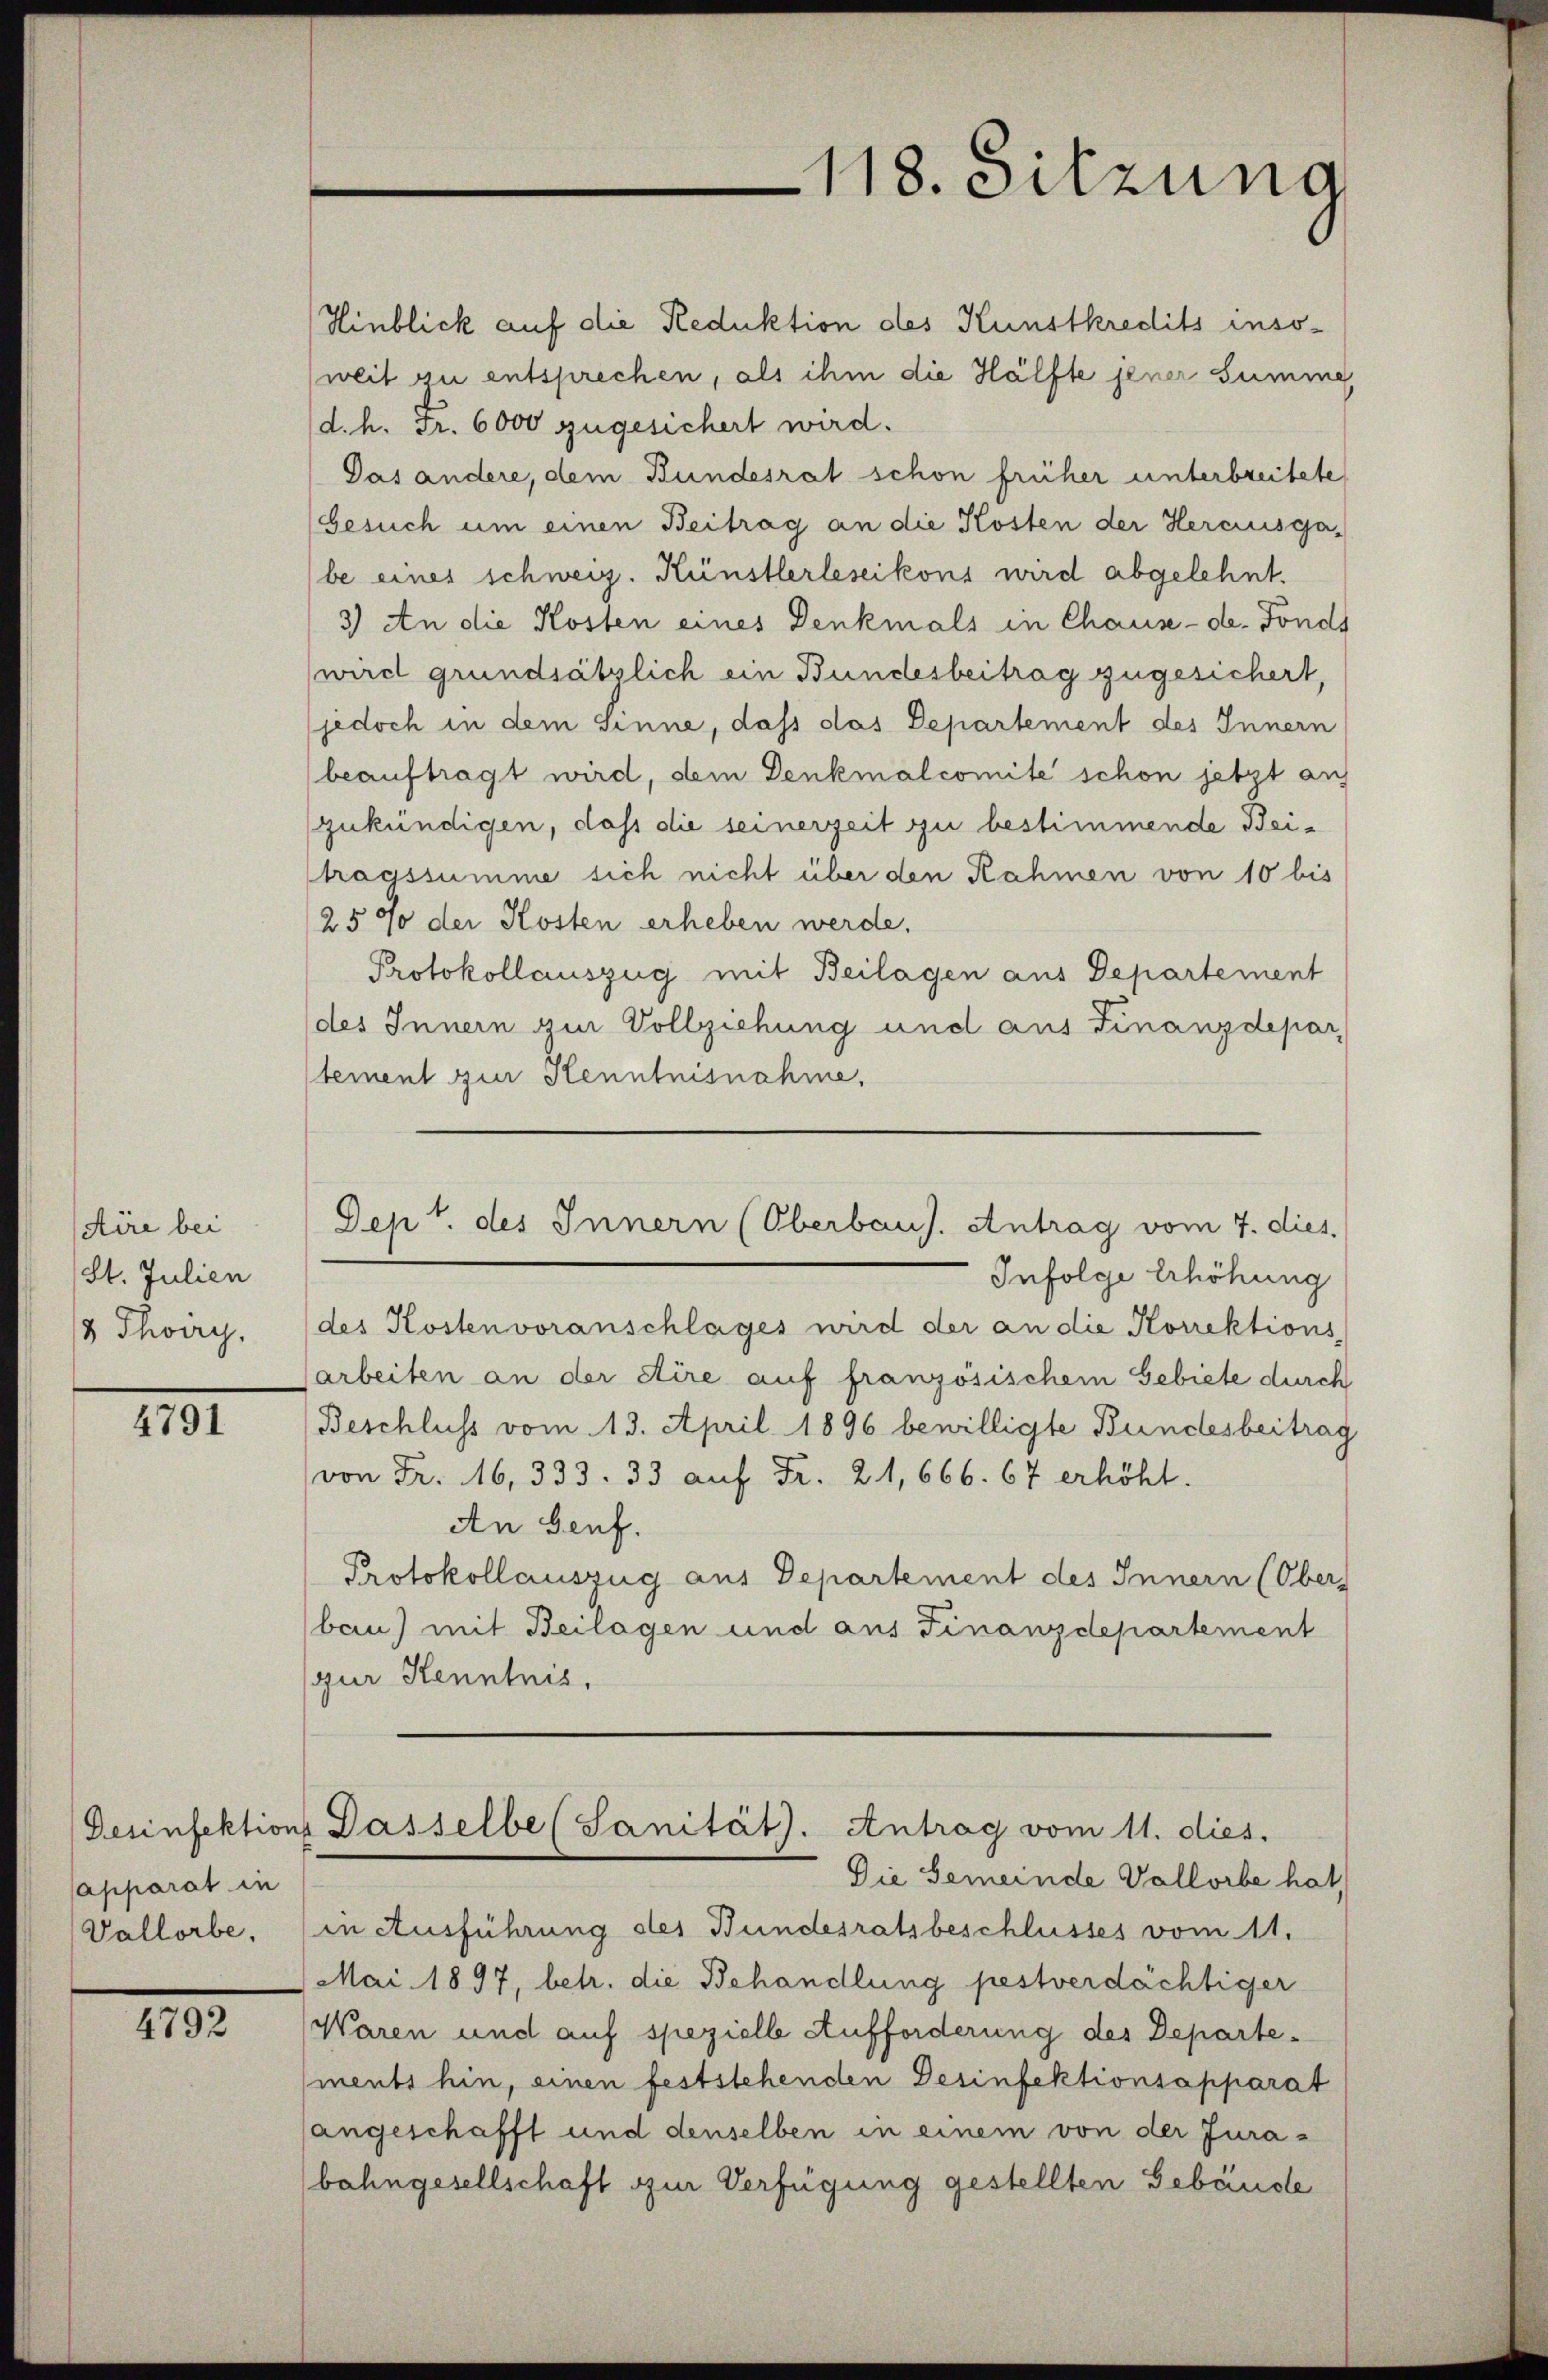
Aire bei
St. Julien
/8 Thorry,

4791

(apparat in
Vallorbe

4792

Hinblick auf die Reduktion des Kunstkredits insoweit zu entsprechen, als ihm die Hälfte jener Summe
(d. h. Fr. 6000 zugesichert wird.
Das andere, dem Bundesrat schon früher unterbreitete
Gesuch um einen Beitrag an die Kosten der Herausgabe eines schweiz. Künstlerlesikons wird abgelehnt.
3) An die Kosten eines Denkmals in Chause - der Fonds
wird grundsätzlich ein Bundesbeitrag zugesichert,
jedoch in dem Sinne, dass das Departement des Innern
beauftragt wird, dem Denkmalcomite schon jetzt auf
zukündigen, daß die seinerzeit zu bestimmende Beitragssumme sich nicht über den Rahmen von 10 bis
2570 der Kosten erheben werde.
Protokollauszug mit Beilagen aus Departement
des Innern zur Vollziehung und aus Finanzdepar
tement zur Kenntnisnahme,
Dept. des Innern (Oberbaus. Antrag vom 7. dies
Infolge Erhöhung
des Kostenvoranschlages wird der an die Korrektions
arbeiten an der dire auf französischem Gebiete durch
Beschluss vom 13. April 1896 bewilligte Bundesbeitrag
von Fr. 16, 333. 33 auf Fr. 21,666. 67 erhöht.
An Genf.
Protokollauszug aus Departement des Innern (Ober
bau) mit Beilagen und aus Finanzdepartement
gur Kenntnis,

118. Sitzung

Die Gemeinde Vallorbe hat,
in Ausführung des Bundesratsbeschlusses vom 11.
Mai 1897, betr. die Behandlung pestverdächtiger
Waren und auf spezielle Aufforderung des Departements hin, einen feststehenden Desinfektionsapparat
angeschafft und denselben in einem von der Jurabahngesellschaft zur Verfügung gestellten Gebäude

Desinfektions Dasselbe (Sanität. Antrag vom 11. dies.